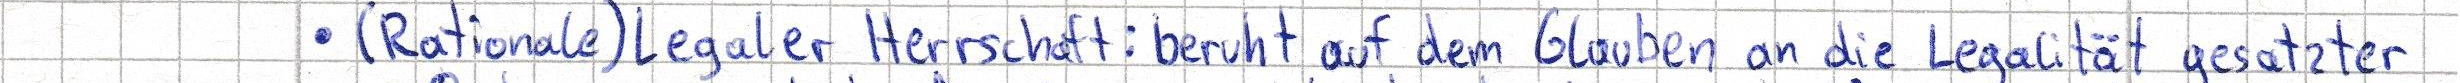
- (Rationale) Legaler Herrschaft: beruht auf dem Glauben an die Legalität gesatzter